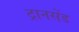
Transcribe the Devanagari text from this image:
ट्रानसेंड